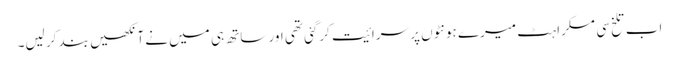
اب تلخ سی مسکراہٹ میرے ہونٹوں پر سرائیت کرگئی تھی اور ساتھ ہی میں نے آنکھیں بند کر لیں۔